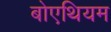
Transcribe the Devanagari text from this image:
बोएथियम